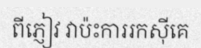
ពីភ្ញៀវ វាប៉ះការរកស៊ីគេ